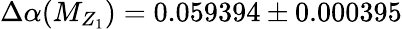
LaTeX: \Delta\alpha(M_{Z_{1}})=0.059394\pm 0.000395